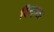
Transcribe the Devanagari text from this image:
दिन्हाता